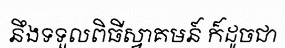
នឹងទទួលពិធីស្វាគមន៍ ក៏ដូចជា